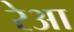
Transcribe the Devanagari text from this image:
रेआ